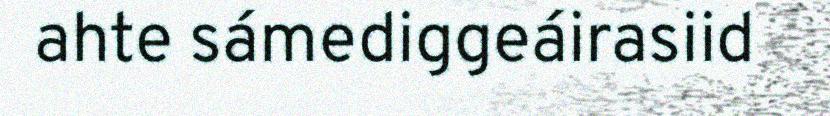
ahte sámediggeáirasiid